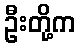
ဦးတို့က